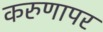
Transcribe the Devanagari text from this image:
करुणापर